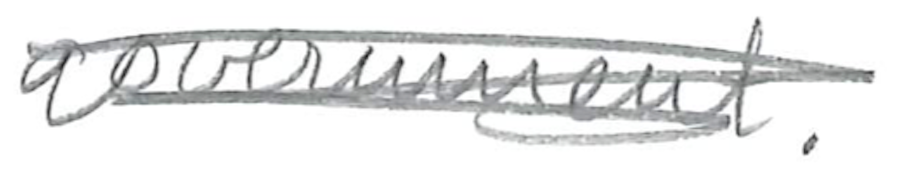
Text: government.
Cross-out: scratch
Writing tool: pencil